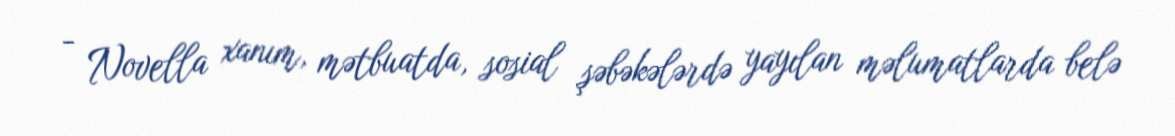
- Novella xanım, mətbuatda, sosial şəbəkələrdə yayılan məlumatlarda belə